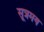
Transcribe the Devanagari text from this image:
सूत्रमय